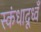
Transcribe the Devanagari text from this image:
स्कंधादूध्वँ